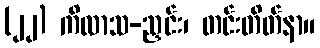
(၂၂) ကိလာသ-ညှင်း၊ တင်းတိတ်နာ။